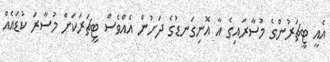
އެއީ ޓީޗަރުންގެ މުސާރައިގެ އާ އޮނިގަނޑުގެ ދަށުން އެއްވެސް ޓީޗަރަކަށް މުސާރަ ކުޑައެއް